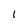
Character: 1